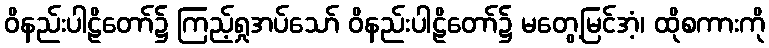
ဝိနည်းပါဠိတော်၌ ကြည့်ရှုအပ်သော် ဝိနည်းပါဠိတော်၌ မတွေ့မြင်အံ့၊ ထိုစကားကို